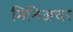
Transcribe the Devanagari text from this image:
मिनिअचर